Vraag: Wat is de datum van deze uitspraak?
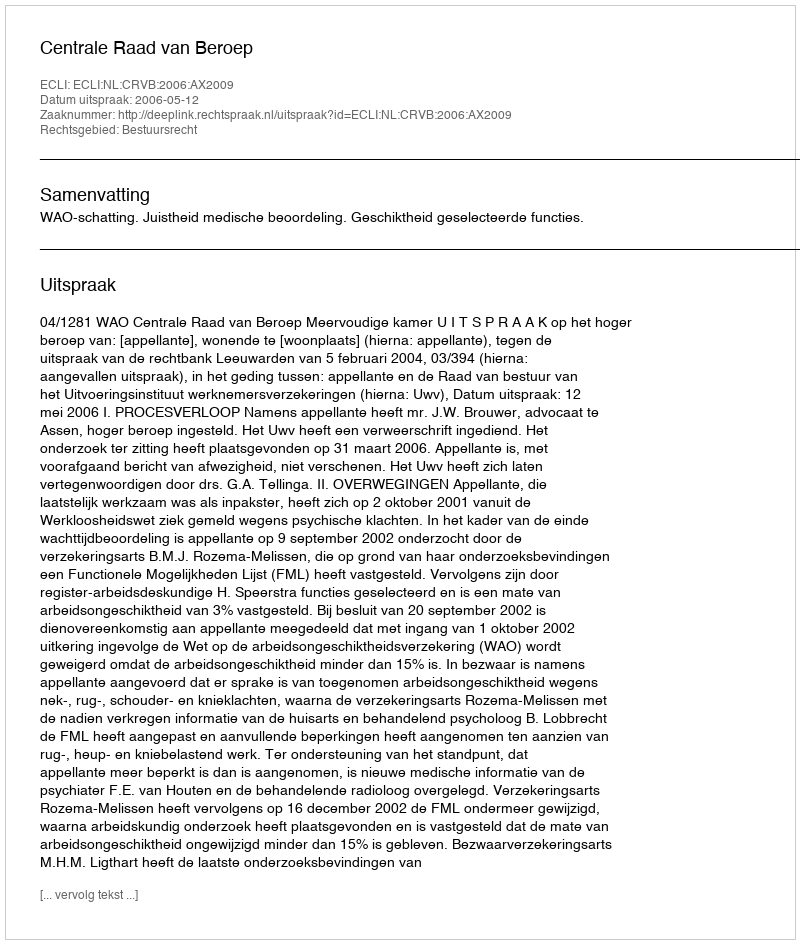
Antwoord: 2006-05-12